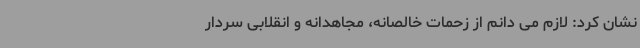
نشان کرد: لازم می دانم از زحمات خالصانه، مجاهدانه و انقلابی سردار